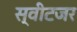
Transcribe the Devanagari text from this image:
स्वीटजर